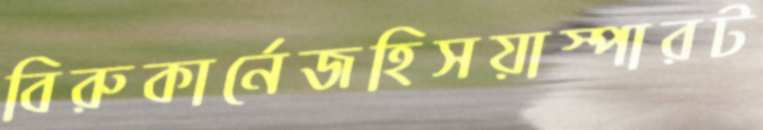
বিরুকার্নেজহিসয়াস্পারট